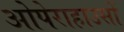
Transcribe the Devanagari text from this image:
ओपेराहाउसों